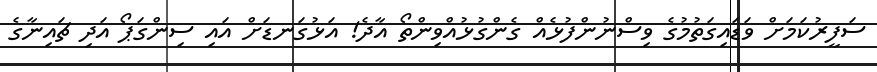
ސަފީރުކަމަށް ވަޑައިގަތުމުގެ ވިސްނުންފުޅެއް ގެންގުޅުއްވިންތޯ އާދެ! އަޅުގަނޑަށް އައި ސިންގަޕޯ އަދި ޗައިނާގެ